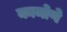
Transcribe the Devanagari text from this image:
कामोणे